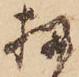
扨